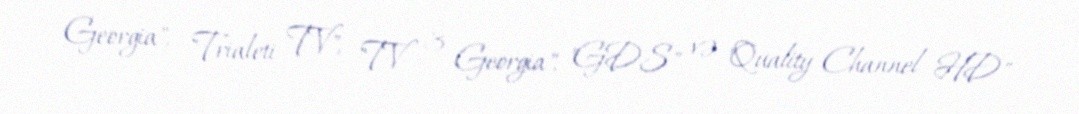
Georgia", "Trialeti TV", "TV 3 Georgia", "GDS" və "Quality Channel HD"